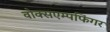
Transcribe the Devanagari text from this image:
वोक्सएम्पफिंगर